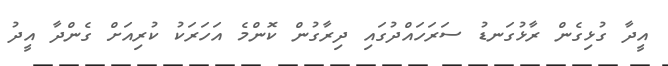
އީދާ ގުޅިގެން ރާޅުގަނޑު ސަރަހައްދުގައި ދިރާގުން ކޮންމެ އަހަރަކު ކުރިއަށް ގެންދާ އީދު